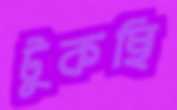
টুকছি